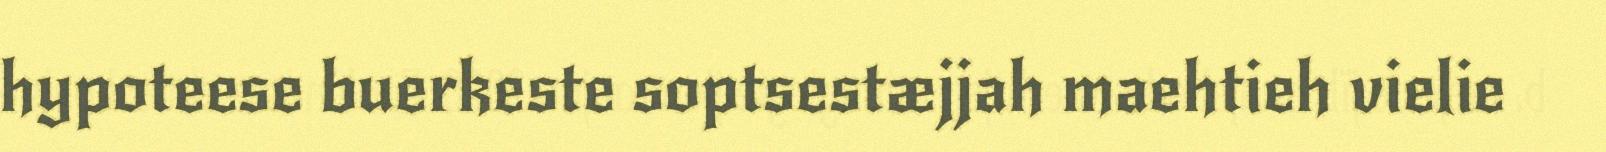
hypoteese buerkeste soptsestæjjah maehtieh vielie